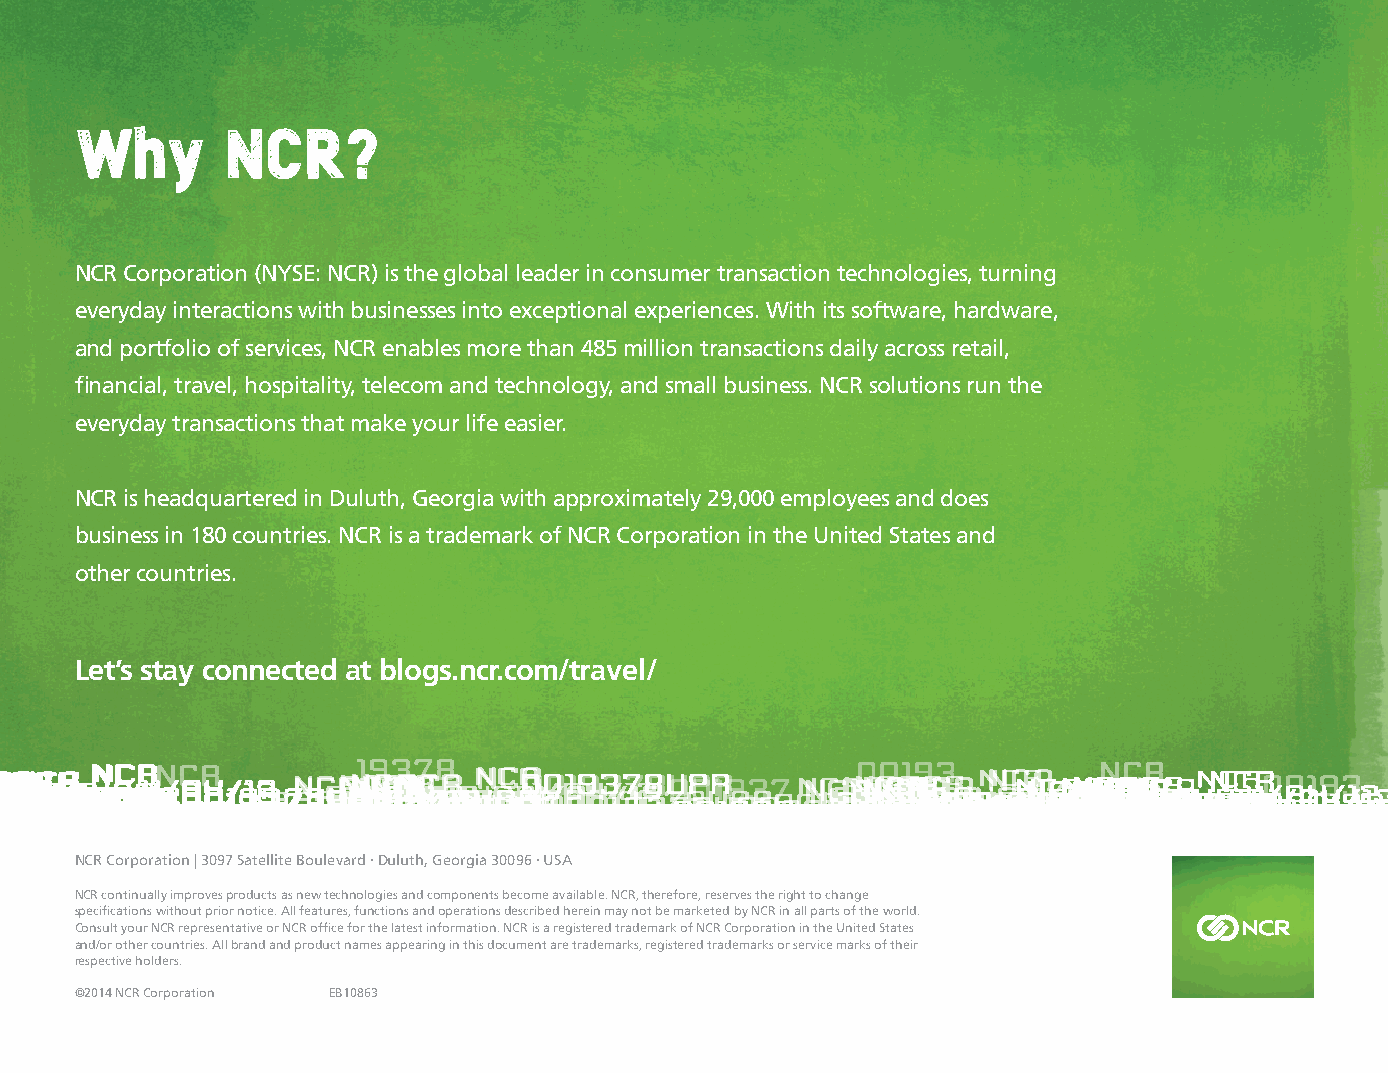
why       NCR?
 NCR Corporation (NYSE: NCR) is the global leader in consumer transaction technologies, turning
 everyday interactions with businesses into exceptional experiences. With its software, hardware,
 and portfolio of services, NCR enables more than 485 million transactions daily across retail,
 financial, travel, hospitality, telecom and technology, and small business. NCR solutions run the
 everyday transactions that make your life easier.
 NCR is headquartered in Duluth, Georgia with approximately 29,000 employees and does
 business in 180 countries. NCR is a trademark of NCR Corporation in the United States and
 other countries.
 Let’s stay connected at blogs.ncr.com/travel/
 NCR Corporation | 3097 Satellite Boulevard . Duluth, Georgia 30096 . USA
 NCR continually improves products as new technologies and components become available. NCR, therefore, reserves the right to change
 specifications without prior notice. All features, functions and operations described herein may not be marketed by NCR in all parts of the world.
 Consult your NCR representative or NCR office for the latest information. NCR is a registered trademark of NCR Corporation in the United States
 and/or other countries. All brand and product names appearing in this document are trademarks, registered trademarks or service marks of their
 respective holders.
 ©2014 NCR Corporation EB10863